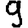
Digit: 9